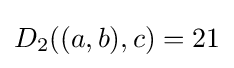
D_{2}((a,b),c)=21